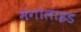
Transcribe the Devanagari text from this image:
मंगोलाइड